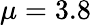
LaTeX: \mu=3.8